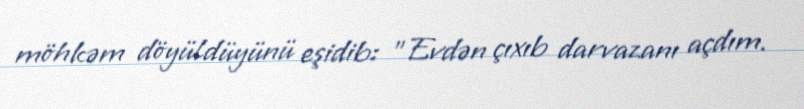
möhkəm döyüldüyünü eşidib: "Evdən çıxıb darvazanı açdım.